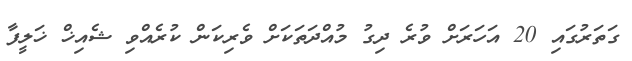
ގަތަރުގައި 20 އަހަރަށް ވުރެ ދިގު މުއްދަތަކަށް ވެރިކަން ކުރެއްވި ޝެއިޚް ޚަލީފާ